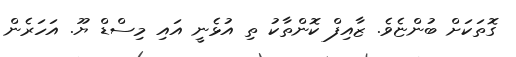
ގޮތަކަށް ބުންޏެވެ. ޒާއިފް ކޮންތާކު ތި އުޅެނީ އައި މިސްޑް ޔޫ. އަހަރެން